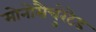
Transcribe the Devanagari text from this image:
मोनोसैचुरेटेड